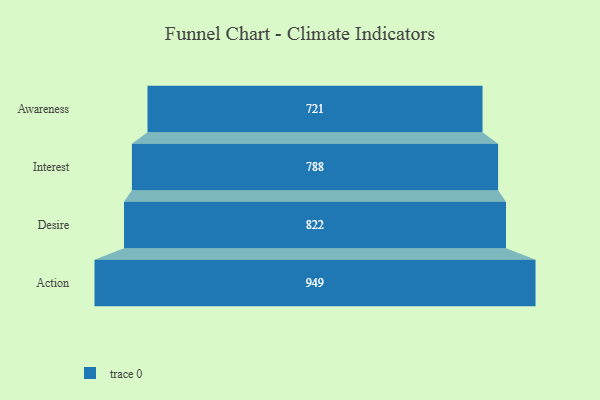
{"axis": {"x": "Stage", "y": "Value"}, "legend": [""], "data": [{"x": "Awareness", "y": 721.0, "type": ""}, {"x": "Interest", "y": 788.0, "type": ""}, {"x": "Desire", "y": 822.0, "type": ""}, {"x": "Action", "y": 949.0, "type": ""}]}